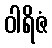
ဝါရိဇံ